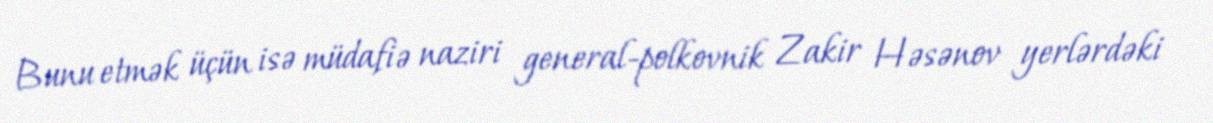
Bunu etmək üçün isə müdafiə naziri general-polkovnik Zakir Həsənov yerlərdəki